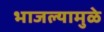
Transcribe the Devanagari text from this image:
भाजल्यामुळे